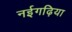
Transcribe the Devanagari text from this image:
नईगढ़िया